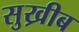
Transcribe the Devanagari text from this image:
सुख्रीब